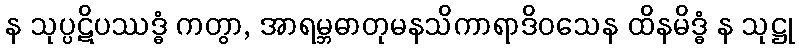
န သုပ္ပဋိပဿဒ္ဓံ ကတွာ, အာရမ္ဘဓာတုမနသိကာရာဒိဝသေန ထိနမိဒ္ဓံ န သုဋ္ဌု